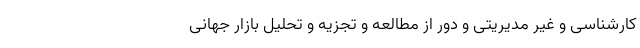
کارشناسی و غیر مدیریتی و دور از مطالعه و تجزیه و تحلیل بازار جهانی